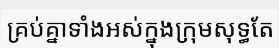
គ្រប់គ្នាទាំងអស់ក្នុងក្រុមសុទ្ធតែ